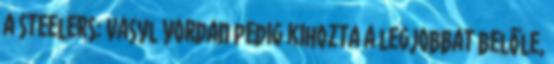
a Steelers: Vasyl Yordan pedig kihozta a legjobbat belőle,